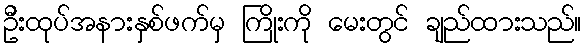
ဦးထုပ်အနားနှစ်ဖက်မှ ကြိုးကို မေးတွင် ချည်ထားသည်။